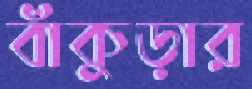
বাঁকুড়ার